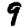
Digit: 9